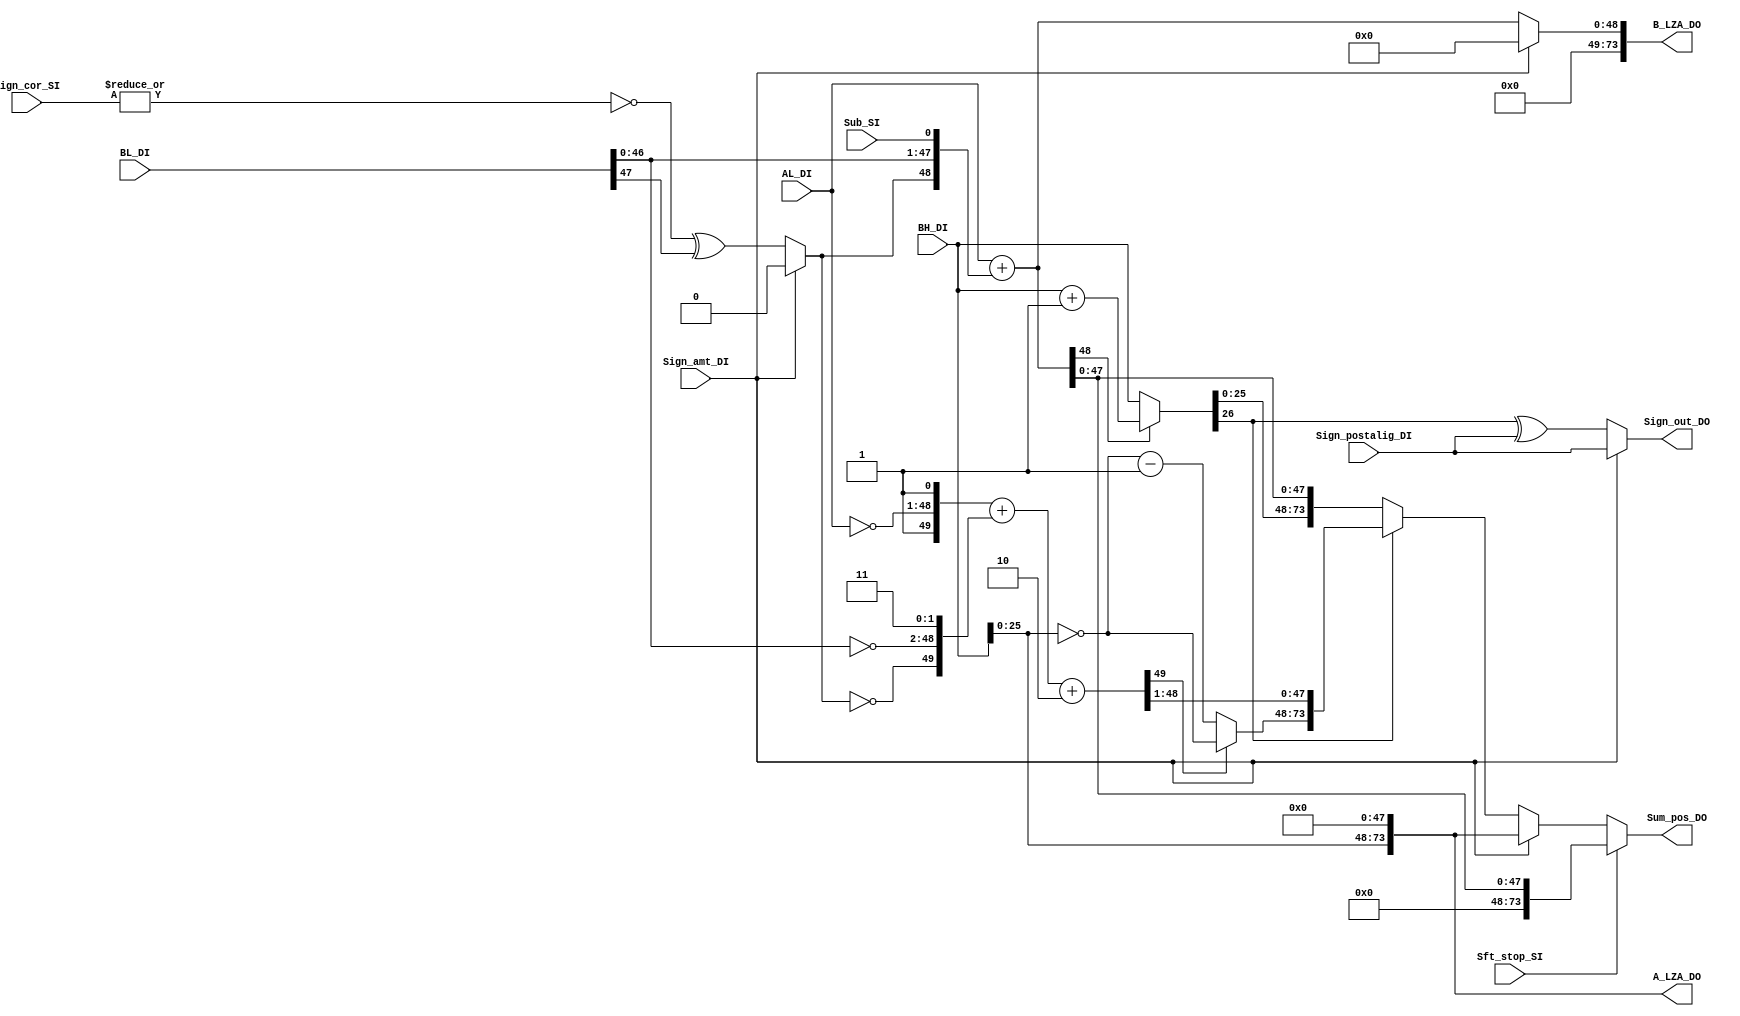
module adders (
	AL_DI,
	BL_DI,
	Sub_SI,
	Sign_cor_SI,
	Sign_amt_DI,
	Sft_stop_SI,
	BH_DI,
	Sign_postalig_DI,
	Sum_pos_DO,
	Sign_out_DO,
	A_LZA_DO,
	B_LZA_DO
);
parameter C_RM            = 2;
parameter C_RM_NEAREST    = 2'h0;
parameter C_RM_TRUNC      = 2'h1;
parameter C_RM_PLUSINF    = 2'h2;
parameter C_RM_MINUSINF   = 2'h3;
parameter C_PC            = 5;
parameter C_OP            = 32;
parameter C_MANT          = 23;
parameter C_EXP           = 8;
parameter C_BIAS          = 127;
parameter C_HALF_BIAS     = 63;
parameter C_LEADONE_WIDTH = 7;
parameter C_MANT_PRENORM  = C_MANT+1;
parameter C_EXP_ZERO      = 8'h00;
parameter C_EXP_ONE       = 8'h01;
parameter C_EXP_INF       = 8'hff;
parameter C_MANT_ZERO     = 23'h0;
parameter C_MANT_NAN      = 23'h400000;
	input wire [(2 * C_MANT) + 1:0] AL_DI;
	input wire [(2 * C_MANT) + 1:0] BL_DI;
	input wire Sub_SI;
	input wire [2:0] Sign_cor_SI;
	input wire Sign_amt_DI;
	input wire Sft_stop_SI;
	input wire [C_MANT + 3:0] BH_DI;
	input wire Sign_postalig_DI;
	output wire [(3 * C_MANT) + 4:0] Sum_pos_DO;
	output wire Sign_out_DO;
	output wire [(3 * C_MANT) + 4:0] A_LZA_DO;
	output wire [(3 * C_MANT) + 4:0] B_LZA_DO;
	wire Carry_postcor_D;
	assign Carry_postcor_D = (Sign_amt_DI ? 1'b0 : {~(|Sign_cor_SI) ^ BL_DI[(2 * C_MANT) + 1]});
	wire Carry_uninv_LS;
	wire [(2 * C_MANT) + 1:0] Sum_uninv_LD;
	assign {Carry_uninv_LS, Sum_uninv_LD} = {1'b0, AL_DI} + {Carry_postcor_D, BL_DI[2 * C_MANT:0], Sub_SI};
	wire Carry_inv_LS;
	wire [(2 * C_MANT) + 2:0] Sum_inv_LD;
	assign {Carry_inv_LS, Sum_inv_LD} = ({1'b1, ~AL_DI, 1'b1} + {~Carry_postcor_D, ~BL_DI[2 * C_MANT:0], 2'b11}) + 2;
	wire [C_MANT + 3:0] BH_inv_D;
	wire [C_MANT + 3:0] Sum_uninv_HD;
	wire [C_MANT + 3:0] Sum_inv_HD;
	assign BH_inv_D = ~BH_DI;
	assign {Carryout_uninv_HS, Sum_uninv_HD} = (Carry_uninv_LS ? {BH_DI + 1} : BH_DI);
	assign {Carryout_inv_HS, Sum_inv_HD} = (Carry_inv_LS ? BH_inv_D : {BH_inv_D - 1});
	assign Sum_pos_DO = (Sft_stop_SI ? {26'h0000000, Sum_uninv_LD[(2 * C_MANT) + 1:0]} : {(Sign_amt_DI ? {BH_DI[C_MANT + 2:0], 48'b000000000000000000000000000000000000000000000000} : {(Sum_uninv_HD[C_MANT + 3] ? {Sum_inv_HD[C_MANT + 2:0], Sum_inv_LD[(2 * C_MANT) + 2:1]} : {Sum_uninv_HD[C_MANT + 2:0], Sum_uninv_LD})})});
	assign Sign_out_DO = (Sign_amt_DI ? Sign_postalig_DI : Sum_uninv_HD[C_MANT + 3] ^ Sign_postalig_DI);
	assign A_LZA_DO = (Sign_amt_DI ? {BH_DI[C_MANT + 2:0], 48'b000000000000000000000000000000000000000000000000} : {BH_DI[C_MANT + 2:0], 48'b000000000000000000000000000000000000000000000000});
	assign B_LZA_DO = (Sign_amt_DI ? 74'h0000000000000000000 : {25'h0000000, Carry_uninv_LS, Sum_uninv_LD});
endmodule